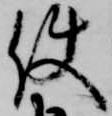
使